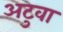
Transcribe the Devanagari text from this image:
अटुवा